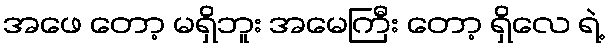
အဖေ တော့ မရှိဘူး အမေကြီး တော့ ရှိလေ ရဲ့